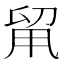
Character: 𠝈